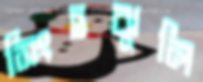
সিংহঝুলি